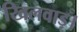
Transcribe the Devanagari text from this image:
खिलवाड़।